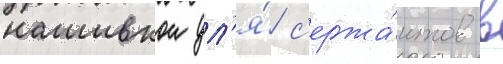
нашивкои дл'я́ с'ержа́нтов в